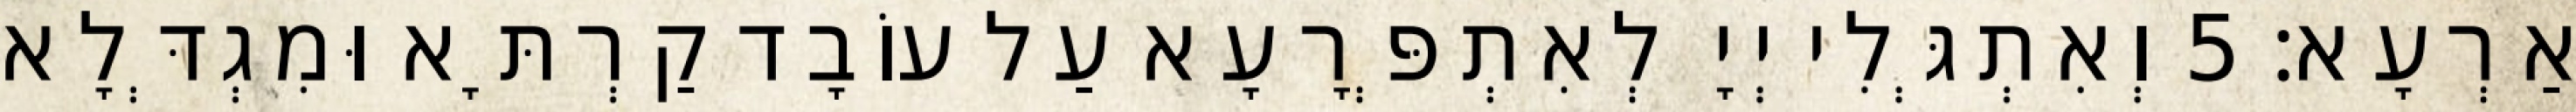
אַרְעָא׃ 5 וְאִתְגְּלִי יְיָ לְאִתְפְּרָעָא עַל עוֹבָד קַרְתָּא וּמִגְדְּלָא